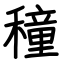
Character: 穜